Scientific memoirs by medical officers of the Army of India - Part VIII,
Year: 1894
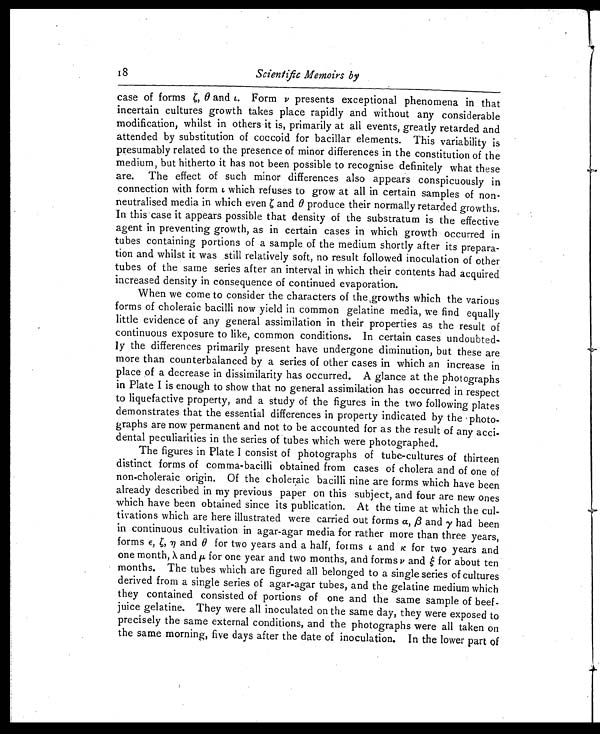
Scientific Memoirs by
case of forms ζ, θ and ι. Form ν presents exceptional phenomena in that
incertain cultures growth takes place rapidly and without any considerable
modification, whilst in others it is, primarily at all events, greatly retarded and
attended by substitution of coccoid for bacillar elements. This variability is
presumably related to the presence of minor differences in the constitution of the
medium, but hitherto it has not been possible to recognise definitely what these
are. The effect of such minor differences also appears conspicuously in
connection with form ι which refuses to grow at all in certain samples of non-
neutralised media in which even ζ a n d
θ p r o d u c e t h e i r n o r m a l l y r e t a r d e d g r o w t h s .
In this case it appears possible that density of the substratum is the effective
agent in preventing growth, as in certain cases in which growth occurred in
tubes containing portions of a sample of the medium shortly after its prepara-
tion and whilst it was still relatively soft, no result followed inoculation of other
tubes of the same series after an interval in which their contents had acquired
increased density in consequence of continued evaporation.
When we come to consider the characters of the,growths which the various
forms of choleraic bacilli now yield in common gelatine media, we find equally
little evidence of any general assimilation in their properties as the result of
continuous exposure to like, common conditions. In certain cases undoubted-
ly the differences primarily present have undergone diminution, but these are
more than counterbalanced by a series of other cases in which an increase in
place of a decrease in dissimilarity has occurred. A glance at the photographs
in Plate I is enough to show that no general assimilation has occurred in respect
to liquefactive property, and a study of the figures in the two following plates
demonstrates that the essential differences in property indicated by the photo-
graphs are now permanent and not to be accounted for as the result of any acci-
dental peculiarities in the series of tubes which were photographed.
The figures in Plate I consist of photographs of tube-cultures of thirteen
distinct forms of comma-bacilli obtained from cases of cholera and of one of
non-choleraic origin. Of the choleraic bacilli nine are forms which have been
already described in my previous paper on this subject, and four are new ones
which have been obtained since its publication. At the time at which the cul-
tivations which are here illustrated were carried out forms α, β and γ had been
in continuous cultivation in agar-agar media for rather more than three years,
forms ε, ζ and 0 for two years and a half, forms ι a n d
κ f o r t w o y e a r s a n d
one month, λ and μ for one year and two months, and forms ν and ζ f o r a b o u t t e n
months. The tubes which are figured all belonged to a single series of cultures
derived from a single series of agar-agar tubes, and the gelatine medium which
they contained consisted of portions of one and the same sample of beef-
juice gelatine. They were all inoculated on the same day, they were exposed to
precisely the same external conditions, and the photographs were all taken on
the same morning, five days after the date of inoculation. In the lower part of
18